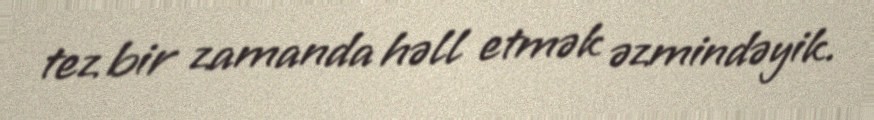
tez bir zamanda həll etmək əzmindəyik.